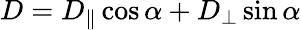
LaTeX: D=D_{\parallel}\cos\alpha+D_{\perp}\sin\alpha